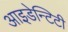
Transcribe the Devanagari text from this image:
आइडेन्टिटी